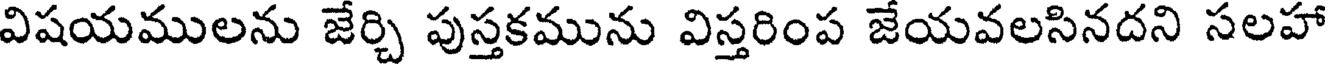
విషయములను జేర్చి పుస్తకమును విస్తరింప జేయవలసినదని సలహా